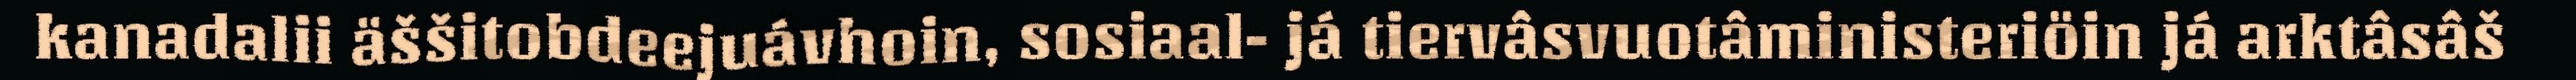
kanadalii äššitobdeejuávhoin, sosiaal- já tiervâsvuotâministeriöin já arktâsâš